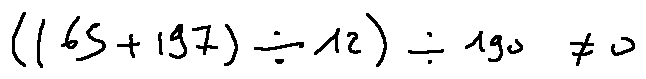
( ( 6 5 + 1 9 7 ) \div 1 2 ) \div 1 9 0 \neq 0